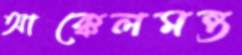
আক্কেলমন্ত